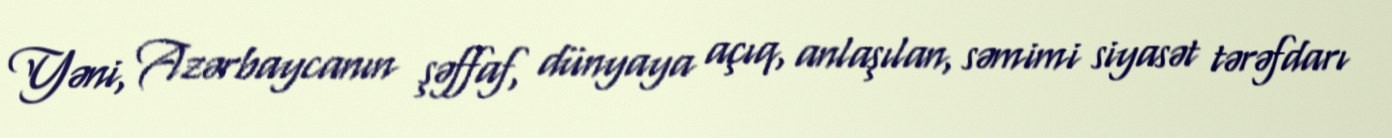
Yəni, Azərbaycanın şəffaf, dünyaya açıq, anlaşılan, səmimi siyasət tərəfdarı